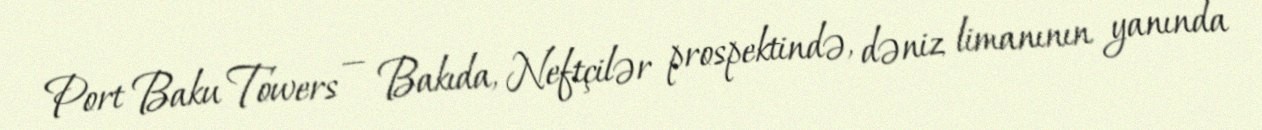
Port Baku Towers — Bakıda, Neftçilər prospektində, dəniz limanının yanında